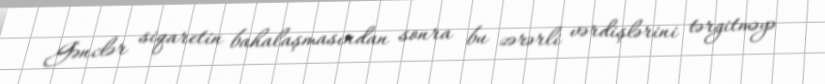
Gənclər siqaretin bahalaşmasından sonra bu zərərli vərdişlərini tərgitməyə